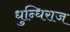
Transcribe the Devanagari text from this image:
धुन्धिराज